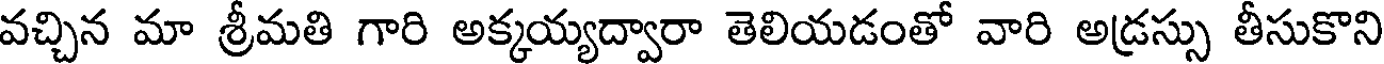
వచ్చిన మా శ్రీమతి గారి అక్కయ్యద్వారా తెలియడంతో వారి అడ్రస్సు తీసుకొని